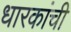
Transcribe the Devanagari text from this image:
धारकांची